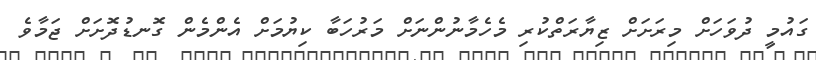
ގައުމީ ދުވަހަށް މިރަށަށް ޒިޔާރަތްކުރި މެހެމާނުންނަށް މަރުހަބާ ކިޔުމަށް އެންމެން ގޮނޑުދޮށަށް ޖަމާވެ